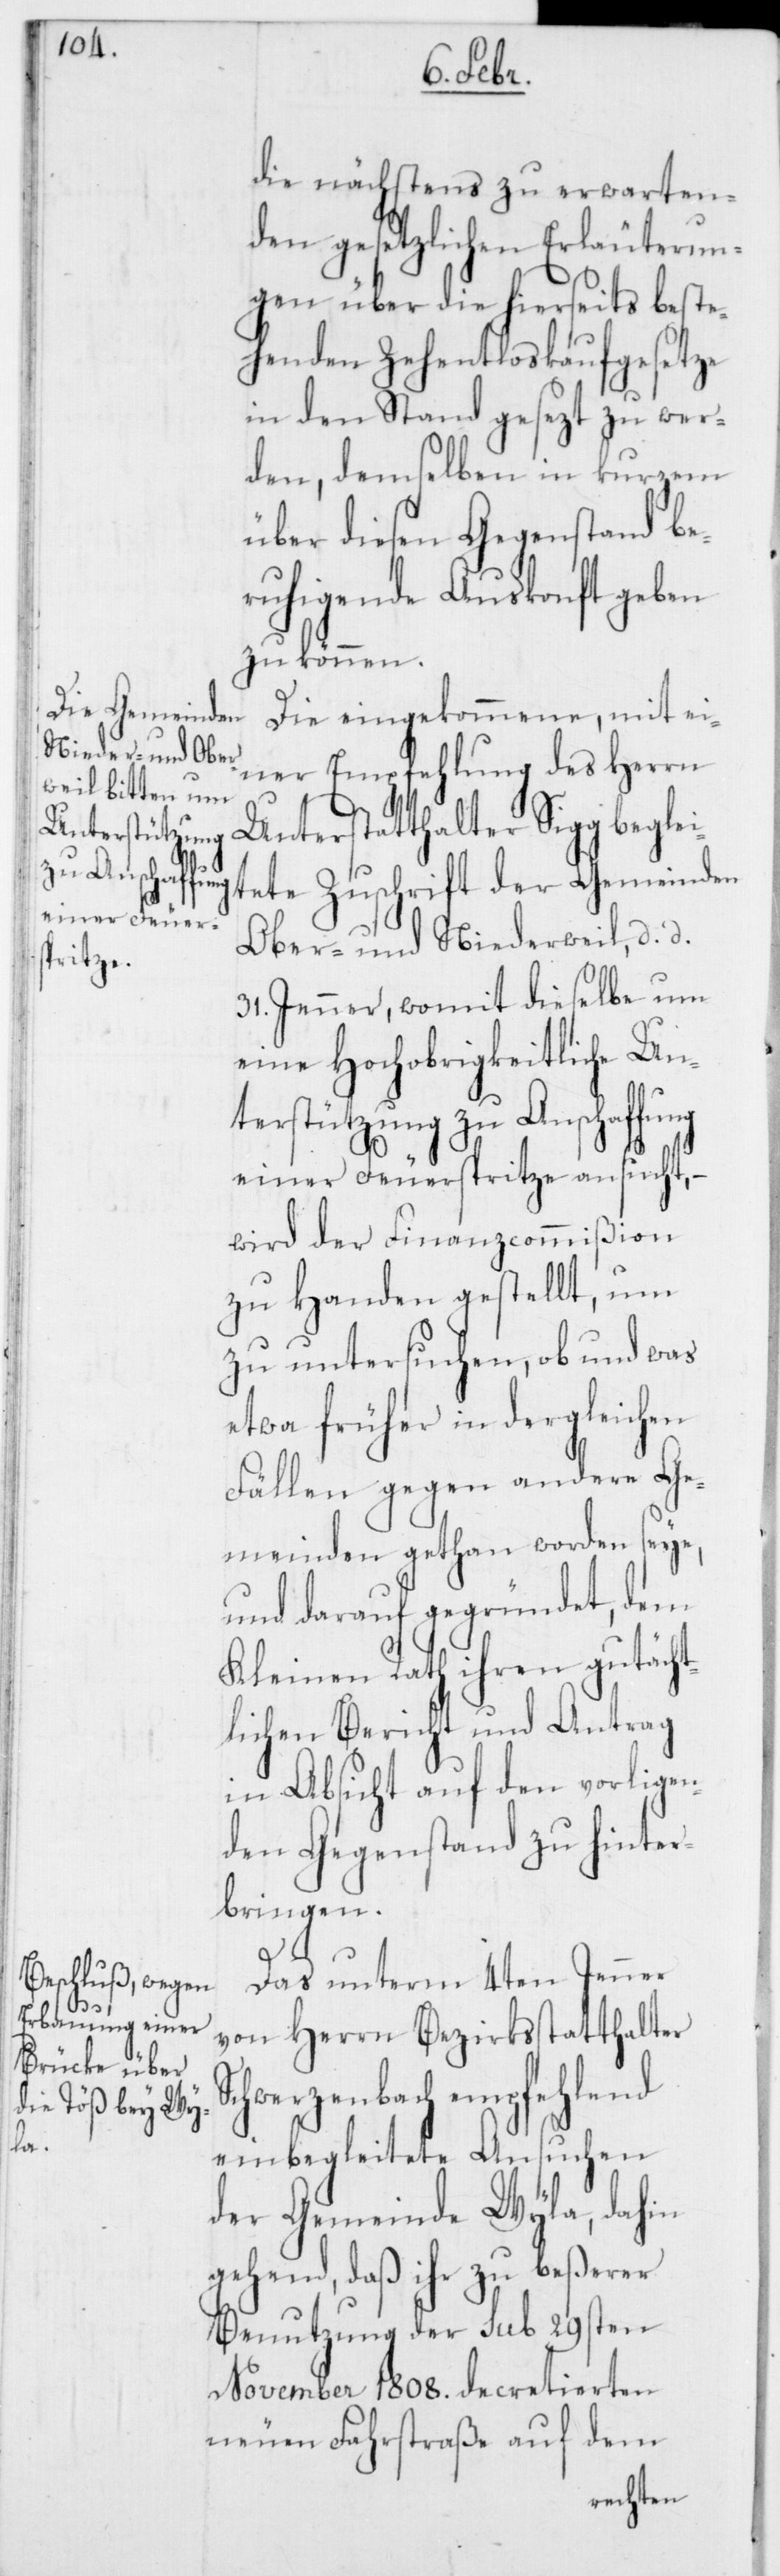
S¬

die nächstens zu erwarten¬
den gesetzlichen Erläuterun¬
gen über die hierseits beste¬
henden Zehentloskaufgesetze
in den Stand gesezt zu wer¬
den, demselben in kurzem
über diesen Gegenstand be¬
ruhigende Auskonft geben
zu können.
Die eingekommene, mit ei¬
ner Empfehlung des Herrn
Unterstatthalter Sigg beglei¬
tete Zuschrift der Gemeinden
Ober- und Niederweil, d. d.
31. Jenner, womit dieselbe um
eine Hochobrigkeitliche Un¬
terstützung zu Anschaffung
einer Feuerspritze ansucht,
wird der Finanzcommißion
zu Handen gestellt, um
zu untersuchen, ob und was
etwa früher in dergleichen
Fällen gegen andere Ge¬
meinden gethan worden seye,
und darauf gegründet, dem
Kleinen Rath ihren gutächt¬
lichen Bericht und Antrag
in Absicht auf den vorligen¬
den Gegenstand zu hinter¬
bringen.
Das unterm 4ten Jenner
von Herrn Bezirksstatthalter
chwerzenbach empfehlend
einbegleitete Ansuchen
der Gemeinde Wyla, dahin
gehend, daß ihr zu beßerer
Benutzung der sub 29sten
November 1808. decretierten
neuen Fahrstraße auf dem